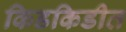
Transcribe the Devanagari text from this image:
किडकिडीत